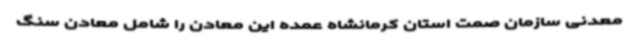
معدنی سازمان صمت استان کرمانشاه عمده این معادن را شامل معادن سنگ